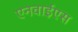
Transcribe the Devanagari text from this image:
एनवाईएस